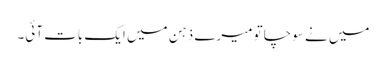
میں نے سوچا تو میرے ذہن میں ایک بات آئی۔